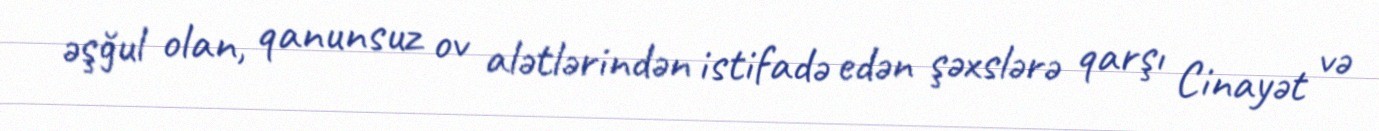
əşğul olan, qanunsuz ov alətlərindən istifadə edən şəxslərə qarşı Cinayət və